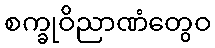
စက္ခုဝိညာဏံတွေဝ